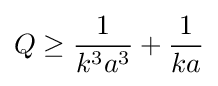
Q\geq {\frac {1}{k^{3}a^{3}}}+{\frac {1}{ka}}